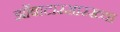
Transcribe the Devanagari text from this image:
झोंबाटारसारख्या